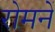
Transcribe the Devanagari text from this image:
रोमनें